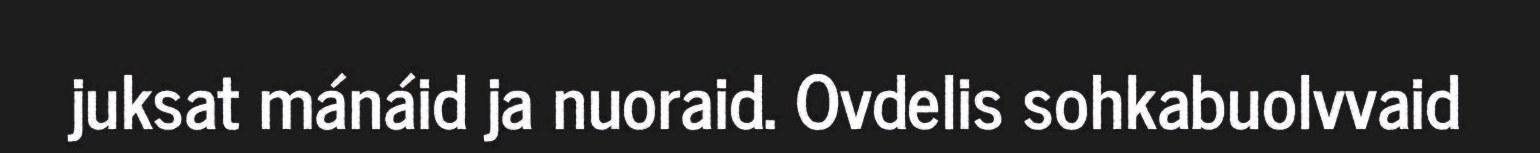
juksat mánáid ja nuoraid. Ovdelis sohkabuolvvaid